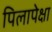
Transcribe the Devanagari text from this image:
पिलापेक्षा